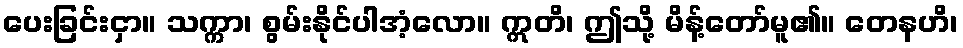
ပေးခြင်းငှာ။ သက္ကာ၊ စွမ်းနိုင်ပါအံ့လော။ ဣတိ၊ ဤသို့ မိန့်တော်မူ၏။ တေနဟိ၊